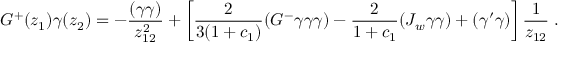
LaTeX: G ^ { + } ( z _ { 1 } ) \gamma ( z _ { 2 } ) = - \frac { ( \gamma \gamma ) } { z _ { 1 2 } ^ { 2 } } + \left[ \frac { 2 } { 3 ( 1 + c _ { 1 } ) } ( G ^ { - } \gamma \gamma \gamma ) - \frac { 2 } { 1 + c _ { 1 } } ( J _ { w } \gamma \gamma ) + ( \gamma ^ { \prime } \gamma ) \right] \frac { 1 } { z _ { 1 2 } } \; .